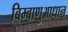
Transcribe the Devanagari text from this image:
बिम्बाणुआधान